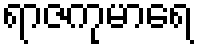
ရာဇကုမာရေ